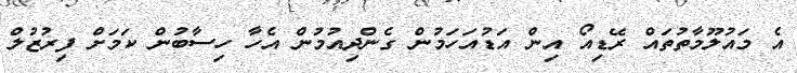
އެ މައުލޫމާތުތައް ރޭޑިއޯ އިން އަޑުއަހަމުން ގެންދިއުމުން އެހާ ހިސާބުން ކަމަށް ފިރުޒުލް